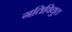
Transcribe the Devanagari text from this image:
गतिविद्युत